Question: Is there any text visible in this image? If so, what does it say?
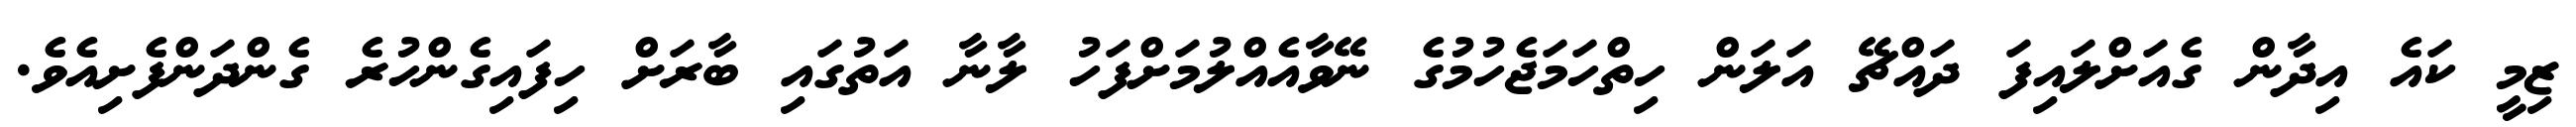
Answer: ޒިމީ ކައެ އިދާން ގެއަށްލައިފަ ދައްޗޭ އަލަން ހިތްހަމަޖެހުމުގެ ނޭވާއެއްލުމަށްފަހު ލާނާ އަތުގައި ބާރަށް ހިފައިގެންހުރެ ގެންދަންފެށިއެވެ.